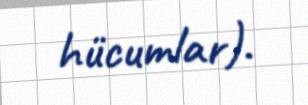
hücumlar).